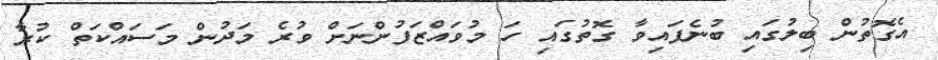
އެގޮތުން ބިލުގައި ބުނެފައިވާ ގޮތުގައި ހަ މުވައްޒަފުންނަށް ވުރެ މަދުން މަސައްކަތް ކުރާ